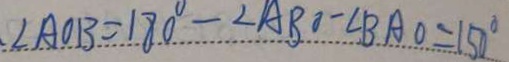
. \angle A O B = 1 8 0 ^ { \circ } - \angle A B O - \angle B A O = 1 5 0 ^ { \circ }